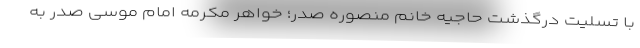
با تسلیت درگذشت حاجیه خانم منصوره صدر؛ خواهر مکرمه امام موسی صدر به